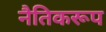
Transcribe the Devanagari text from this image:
नैतिकरूप